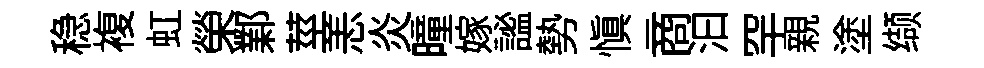
稳複虹榮鄴莖恙炎曈嫁謐勢愼商汩罕親塗缬